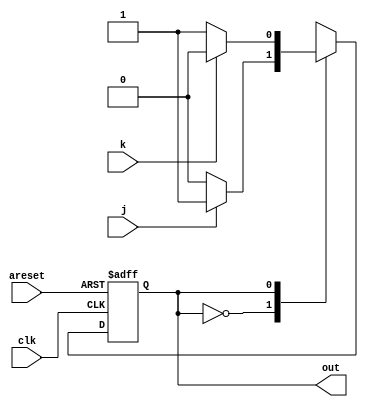
module top_module(
    input clk,
    input areset,    // Synchronous reset to state B
    input j,
    input k,
    output out


);
    parameter OFF=1'b0, ON=1'b1;
    reg curr_state, next_state;


    always @(posedge clk or posedge areset) begin
        if (areset) curr_state<=OFF;
        else        curr_state<=next_state;  
    end


    always @(*) begin
        case(curr_state)
            OFF: next_state=j?   ON:OFF;
            ON:  next_state=k?  OFF: ON;


        endcase
    end

    assign out=(curr_state==ON);








endmodule